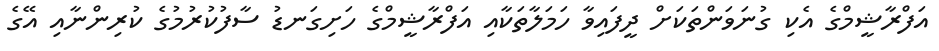
އަފްރާޝީމްގެ އެކި ގުނަވަންތަކަށް ދީފައިވާ ހަމަލާތަކާއި އަފްރާޝީމްގެ ހަށިގަނޑު ސާފުކުރުމުގެ ކުރިންނާއި އޭގެ